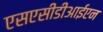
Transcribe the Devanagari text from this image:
एसएसीडीआईएन